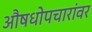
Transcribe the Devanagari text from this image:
औषधोपचारांवर